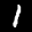
Label: 1